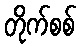
တိုက်စစ်